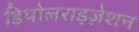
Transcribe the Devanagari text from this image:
डिपोलराइज़ेशन